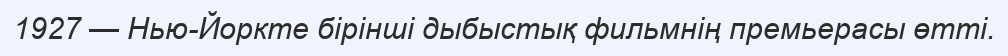
1927 — Нью-Йоркте бiрiншi дыбыстық фильмнің премьерасы өтті.